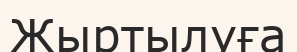
Жыртылуға